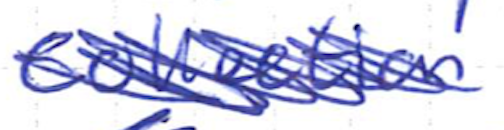
Text: collection
Cross-out: scratch
Writing tool: ballpoint